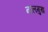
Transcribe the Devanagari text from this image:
नालमुख